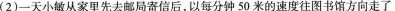
(2)一天小敏从家里先去邮局寄信后，以每分钟50米的速度往图书馆方向走了